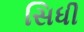
સિધી